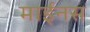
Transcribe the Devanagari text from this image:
माईनस